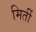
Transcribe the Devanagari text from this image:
मिर्ती